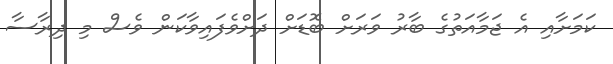
ކަމަށާއި އެ ޖަމާއަތުގެ ބާރު ވަރަށް ބޮޑަށް ދަށްވެފައިވާކަން ވެސް މި ދިރާސާ